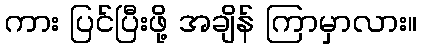
ကား ပြင်ပြီးဖို့ အချိန် ကြာမှာလား။